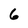
Character: 6